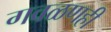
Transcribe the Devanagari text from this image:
गवळणही